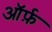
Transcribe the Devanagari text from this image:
ऑर्फ़